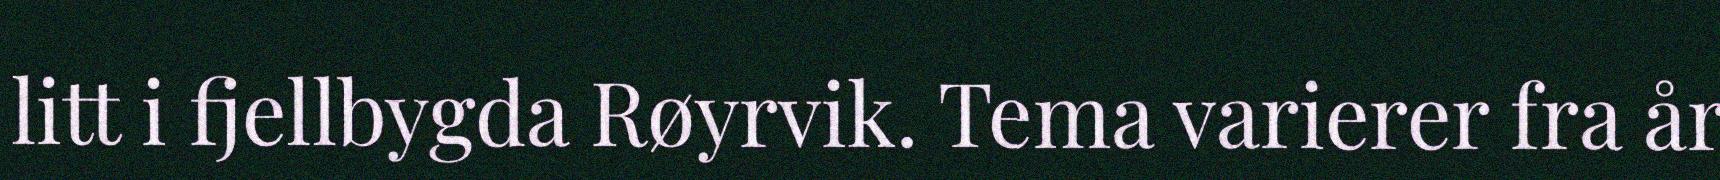
litt i fjellbygda Røyrvik. Tema varierer fra år